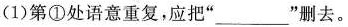
(1)第①处语意重复，应把”___”删去。